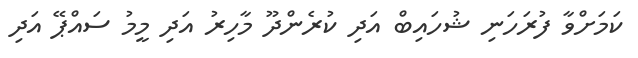
ކަމަށްވާ ފުރަހަނި ޝުހައިބް އަދި ކުރެންދޫ މާހިރު އަދި މީމު ސައްޕޭ އަދި